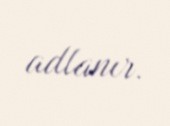
adlanır.